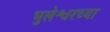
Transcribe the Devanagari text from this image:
भुलेश्वरच्या